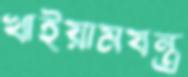
খাইয়ামযন্ত্র